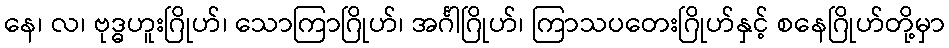
နေ၊ လ၊ ဗုဒ္ဓဟူးဂြိုဟ်၊ သောကြာဂြိုဟ်၊ အင်္ဂါဂြိုဟ်၊ ကြာသပတေးဂြိုဟ်နှင့် စနေဂြိုဟ်တို့မှာ